Inquiry into the circumstances attending an outbreak of cholera in H. M.'s 18th Hussars at Secunderabad in the month of May
Year: 1871
Disease focus: Cholera
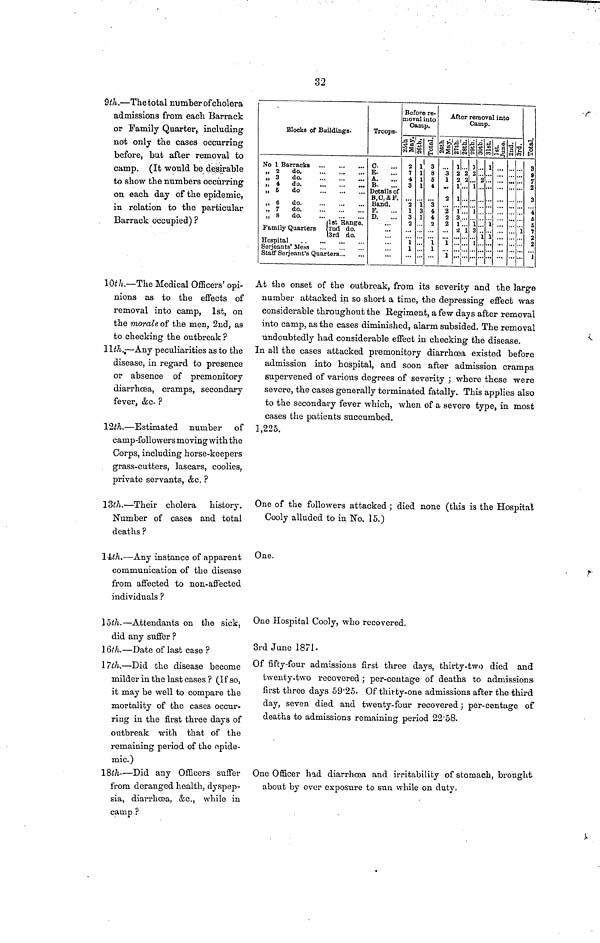
32
9th.—The total number of cholera
admissions from each Barrack
or Family Quarter, including
not only the cases occurring
before, but after removal to
camp. (It would be desirable
to show the numbers occurring
on each day of the epidemic,
in relation to the particular
Barrack occupied) ?
10th.— The Medical Officers' opi-
nions as to the effects of
removal into camp, 1st, on
the morale of the men, 2nd, as
to checking the outbreak ?
11th. — Any peculiarities as to the
disease, in regard to presence
or absence of premonitory
diarrhoea, cramps, secondary
fever, &c. ?
12th. — Estimated number of
camp-followers moving with the
Corps, including horse-keepers
grass-cutters, lascars, coolies,
private servants, &c. ?
13th. — Their cholera history.
Number of cases and total
deaths ?
14th.—
Any instance of apparent
communication of the disease
from affected to non-affected
individuals ?
15th.— Attendants on the sick,
did any suffer ?
16th. — Date of last case ?
17th. — Did the disease become
milder in the last cases ? (If so,
it may be well to compare the
mortality of the cases occur-
ring in the first three days of
outbreak with that of the
remaining period of the epide-
mic.)
18th.--Did
any Officers suffer
from deranged health, dyspep-
sia, diarrhoea, &c., while in
camp ?
Blocks of Buildings.
2
do.
3
do.
6
do
6
do
7
do
8
do
[1st Range.
3rd do.
Troops.
C.
K.
A.
R.
Details of
B.C. & F.
Band.
F.
D
Before re-
moval into
Camp.
25th May. 26th.
2
7
4
3
2
1
3
2
1
1
1
1
1
1
1
3
1
Total
3
8
5
4
3
4
4
2
1
1
After removal into
Camp.
26th May. 27th. 28th
3
1
2
2
2
2
1
1
1
2
2
1
1
1
3
1
2
2
2
1
29th
1
2
1
1
1
3
1
30th
2
1
31st.
1
1
1
2nd. 3rd.
1
3
9
7
2
3
4
5
5
7
2
2
1
At the onset of the outbreak, from its severity and the large
number attacked in so short a time, the depressing effect was
considerable throughout the Regiment, a few days after removal
into camp, as the cases diminished, alarm subsided. The removal
undoubtedly had considerable effect in checking the disease.
In all the cases attacked premonitory diarrhoea existed before
admission into hospital, and soon after admission cramps
supervened of various degrees of severity ; where these were
severe, the cases generally terminated fatally. This applies also
to the secondary fever which, when of a severe type, in most
cases the patients succumbed.
1,225,
One of the followers attacked; died none (this is the Hospital
Cooly alluded to in No. 15.)
One.
One Hospital Cooly, who recovered.
3rd June 1871.
Of fifty-four admissions first three days, thirty-two died and
twenty-two recovered; per-centage of deaths to admissions
first three days 59 . 25. Of thirty-one admissions after the third
day, seven died and twenty-four recovered; per-centage of
deaths to admissions remaining period 2258.
One Officer had diarrhoea and irritability of stomach, brought
about by over exposure to sun while on duty.